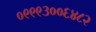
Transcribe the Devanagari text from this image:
०९९९३००६४८२